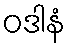
ဝဒါနံ